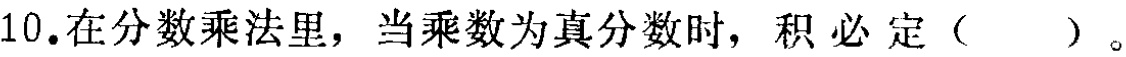
10.在分数乘法里，当乘数为真分数时，积必定（  ）。